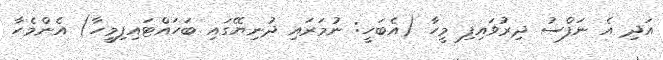
އަދި އެ ނަފްސު ދިރުވައިފި މީހާ (އެބަހީ: ނުމަރައި ދުނިޔޭގައި ބަހައްޓައިފިމީހާ) އެންމެހާ